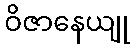
ဝိဇာနေယျု